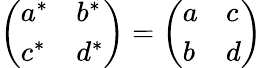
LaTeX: \left(\begin{array}{ll}{{a^{*}}}&{{b^{*}}}\\ {{c^{*}}}&{{d^{*}}}\end{array}\right)=\left(\begin{array}{ll}{{a}}&{{c}}\\ {{b}}&{{d}}\end{array}\right)